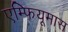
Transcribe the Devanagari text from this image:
एम्फियूमास